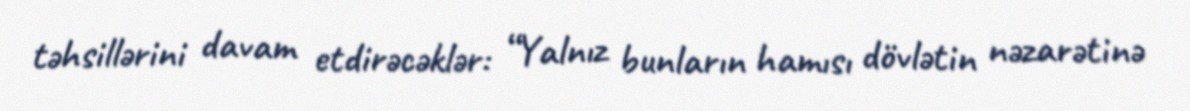
təhsillərini davam etdirəcəklər: “Yalnız bunların hamısı dövlətin nəzarətinə